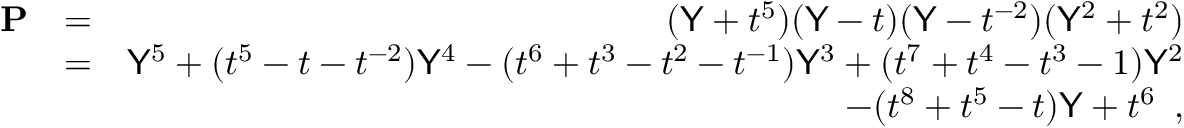
\begin{array} { r l r } { \mathbf { P } } & { = } & { ( \mathsf { Y } + t ^ { 5 } ) ( \mathsf { Y } - t ) ( \mathsf { Y } - t ^ { - 2 } ) ( \mathsf { Y } ^ { 2 } + t ^ { 2 } ) } \\ & { = } & { \mathsf { Y } ^ { 5 } + ( t ^ { 5 } - t - t ^ { - 2 } ) \mathsf { Y } ^ { 4 } - ( t ^ { 6 } + t ^ { 3 } - t ^ { 2 } - t ^ { - 1 } ) \mathsf { Y } ^ { 3 } + ( t ^ { 7 } + t ^ { 4 } - t ^ { 3 } - 1 ) \mathsf { Y } ^ { 2 } } \\ & { } & { \quad - ( t ^ { 8 } + t ^ { 5 } - t ) \mathsf { Y } + t ^ { 6 } \enspace , } \end{array}